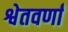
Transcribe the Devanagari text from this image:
श्वेतवर्णां